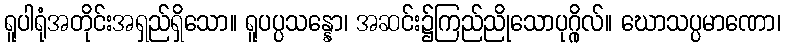
ရူပါရုံအတိုင်းအရှည်ရှိသော။ ရူပပ္ပသန္နော၊ အဆင်း၌ကြည်ညိုသောပုဂ္ဂိုလ်။ ဃောသပ္ပမာဏော၊